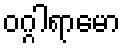
ဝဂ္ဂါရာမော